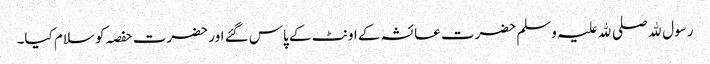
رسول ﷲ صلی ﷲ علیہ وسلم حضرت عائشہ کے اونٹ کے پاس گئے اور حضرت حفصہ کو سلام کیا۔